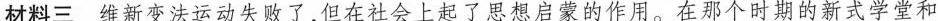
材料三维新变法运动失败了，但在社会上起了思想启蒙的作用。在那个时期的新式学堂和